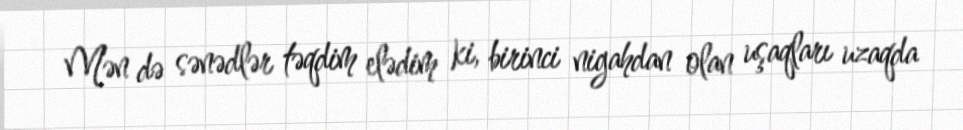
Mən də sənədlər təqdim elədim ki, birinci nigahdan olan uşaqları uzaqda